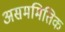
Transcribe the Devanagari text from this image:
असममितिक